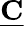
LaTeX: \underline{{\mathbf{C}}}